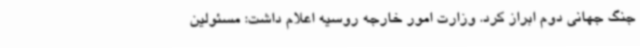
جنگ جهانی دوم ابراز کرد. وزارت امور خارجه روسیه اعلام داشت: مسئولین